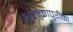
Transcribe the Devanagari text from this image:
अलकापुरीका